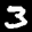
Label: 3